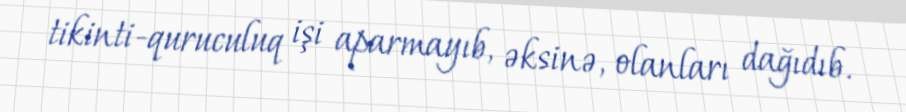
tikinti-quruculuq işi aparmayıb, əksinə, olanları dağıdıb.